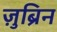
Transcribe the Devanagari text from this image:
ज़ुब्रिन